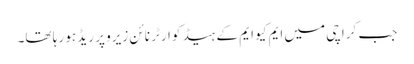
جب کراچی میں ایم کیو ایم کے ہیڈ کوارٹر نائن زیرو پر ریڈ ہو رہا تھا۔